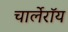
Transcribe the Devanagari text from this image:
चार्लेरॉय